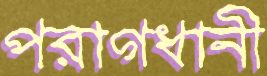
পরাগধানী